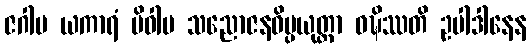
ဇဂါမ ယကာရံ ပိဝါမ သညောဇနဝိပ္ပယုတ္တာ ဝဍ္ဎိဿတိ ဥပါဒါနေန